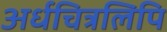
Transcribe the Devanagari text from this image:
अर्धचित्रलिपि